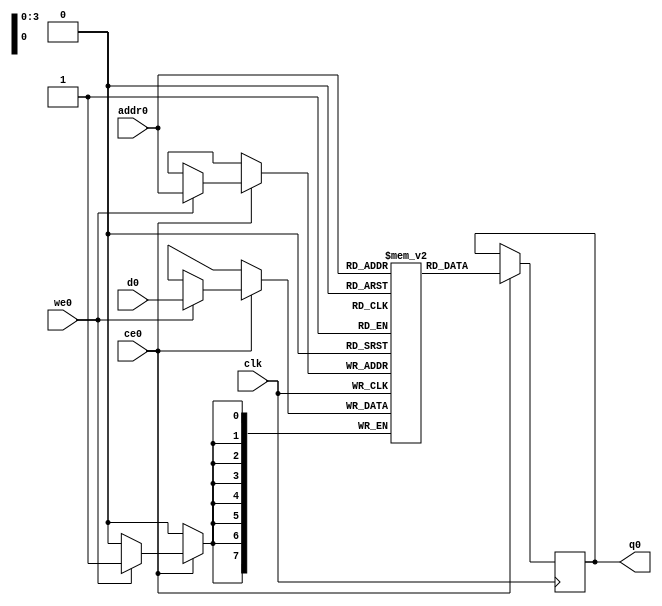
// ==============================================================
// Vivado(TM) HLS - High-Level Synthesis from C, C++ and SystemC v2019.2 (64-bit)
// Copyright 1986-2019 Xilinx, Inc. All Rights Reserved.
// ==============================================================
`timescale 1 ns / 1 ps
module dw_layer1_x_V_3_1_ram (addr0, ce0, d0, we0, q0,  clk);

parameter DWIDTH = 8;
parameter AWIDTH = 4;
parameter MEM_SIZE = 10;

input[AWIDTH-1:0] addr0;
input ce0;
input[DWIDTH-1:0] d0;
input we0;
output reg[DWIDTH-1:0] q0;
input clk;

(* ram_style = "distributed" *)reg [DWIDTH-1:0] ram[0:MEM_SIZE-1];




always @(posedge clk)  
begin 
    if (ce0) begin
        if (we0) 
            ram[addr0] <= d0; 
        q0 <= ram[addr0];
    end
end


endmodule

`timescale 1 ns / 1 ps
module dw_layer1_x_V_3_1(
    reset,
    clk,
    address0,
    ce0,
    we0,
    d0,
    q0);

parameter DataWidth = 32'd8;
parameter AddressRange = 32'd10;
parameter AddressWidth = 32'd4;
input reset;
input clk;
input[AddressWidth - 1:0] address0;
input ce0;
input we0;
input[DataWidth - 1:0] d0;
output[DataWidth - 1:0] q0;



dw_layer1_x_V_3_1_ram dw_layer1_x_V_3_1_ram_U(
    .clk( clk ),
    .addr0( address0 ),
    .ce0( ce0 ),
    .we0( we0 ),
    .d0( d0 ),
    .q0( q0 ));

endmodule